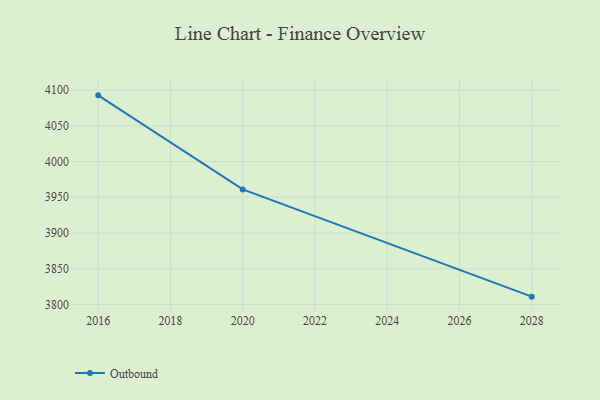
{"axis": {"x": "Year", "y": "Waste Production (Tons)"}, "legend": ["Outbound"], "data": [{"x": "2028", "y": 3811.0, "type": "Outbound"}, {"x": "2020", "y": 3961.0, "type": "Outbound"}, {"x": "2016", "y": 4092.5, "type": "Outbound"}]}